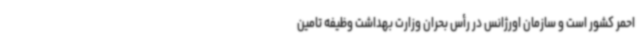
احمر کشور است و سازمان اورژانس در رأس بحران وزارت بهداشت وظیفه تامین